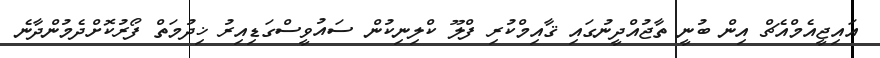
އައިޖީއެމްއެޗް އިން ބުނީ ތާޖުއްދީނުގައި ޤާއިމްކުރި ފްލޫ ކްލިނިކުން ސައުވީސްގަޑިއިރު ޚިދުމަތް ފޯރުކޮށްދެމުންދާނެ